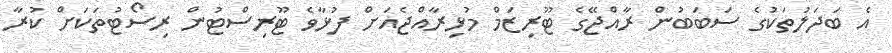
އެ ބަދަލުތަކުގެ ސަބަބުން ރާއްޖޭގެ ޓޫރިޒަމް މުޅިރާއްޖެއަށް ފުޅާވެ ޓޫރިސްޓުން ރިސޯޓުތަކަށް ކުރާ